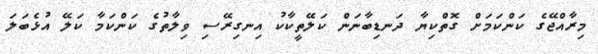
މިރާއްޖޭގެ ކަންކަމަށް ގޮތްކިޔާ ދަނޑިބާނަން ކަލޭތީކާކު އިނގިރޭސި ވިލާތުގެ ކަންކަމާ ކަލޭ އުޅެބަލަ